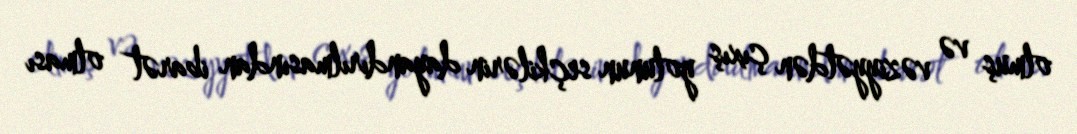
olmuş və vəziyyətdən çıxış yolunun seçkilərin dayandırılmasından ibarət olması